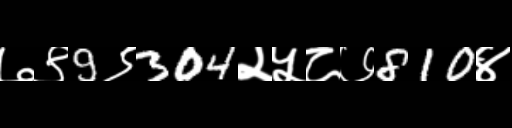
Text: ७९9९304२५८७810४